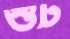
শুট